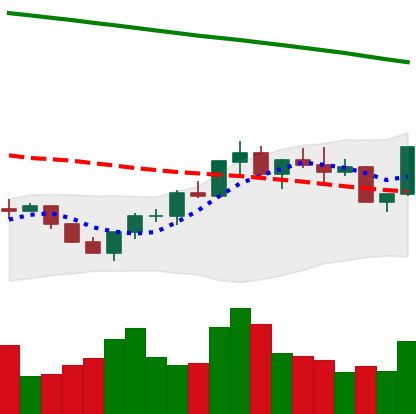
Ticker: BNB-USD
Chart end date: 2022-07-27
Forward return: 4.433%
Label: up_3_5